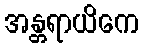
အန္တရာယိကေ